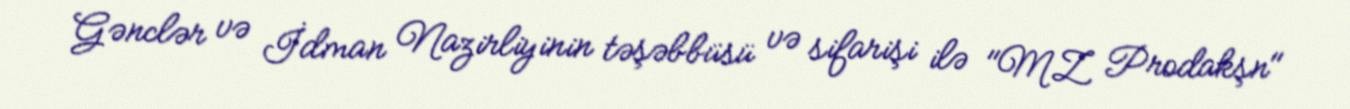
Gənclər və İdman Nazirliyinin təşəbbüsü və sifarişi ilə "MZ Prodakşn"